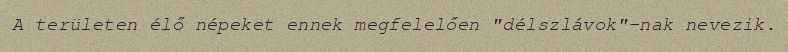
A területen élő népeket ennek megfelelően "délszlávok"-nak nevezik.